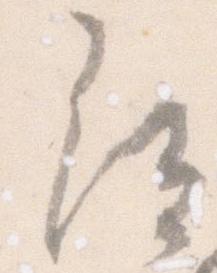
尋